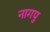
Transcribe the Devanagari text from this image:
नागपु